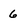
Character: 6